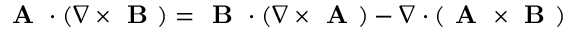
{ \textbf { A } \cdot ( \nabla \times \textbf { B } ) = \textbf { B } \cdot ( \nabla \times \textbf { A } ) - \nabla \cdot ( \textbf { A } \times \textbf { B } ) }